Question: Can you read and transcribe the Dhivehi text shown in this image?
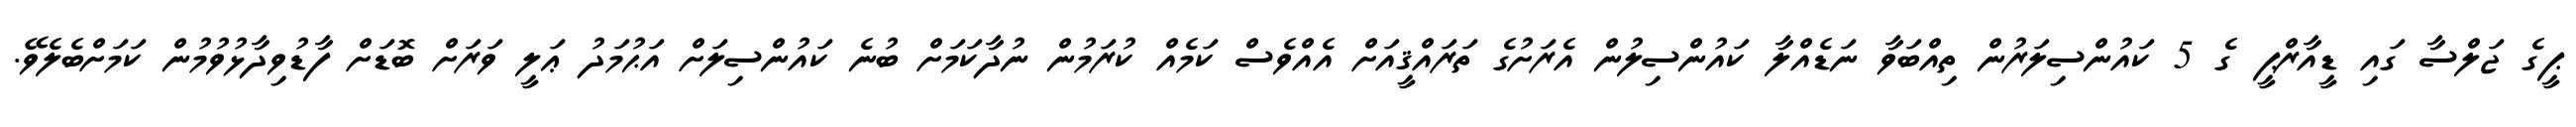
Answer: ޕީގެ ޖަލްސާ ގައި ޑީއާރްޕީ ގެ 5 ކައުންސިލަރުން ތިއްބަވާ ނަޑެއްލާ ކައުންސިލުން އެރަށުގެ ތަރައްޤީއަށް އެއްވެސް ކަމެއް ކުރަމުން ނުދާކަމަށް ބުނެ ކައުންސިލަށް އަޙުމަދު ޢަލީ ވަރަށް ބޮޑަށް ފާޑުވިދާޅުވުމުން ކަމަށްބެލެވޭ.